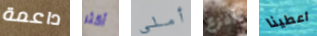
داعمة أكثر أملي أفزع اعطينا